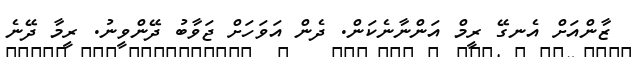
ޒާންއަށް އެނގޭ ރީމް އަންނާނެކަން. ދެން އަވަހަށް ޖަވާބު ދޭންވީނު. ރީމާ ދޭނެ